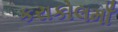
કરાકોલમાઁ